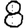
Digit: 8